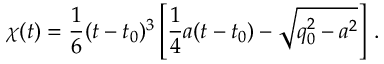
\chi ( t ) = { \frac { 1 } { 6 } } ( t - t _ { 0 } ) ^ { 3 } \left[ { \frac { 1 } { 4 } } a ( t - t _ { 0 } ) - \sqrt { q _ { 0 } ^ { 2 } - a ^ { 2 } } \right] \, .